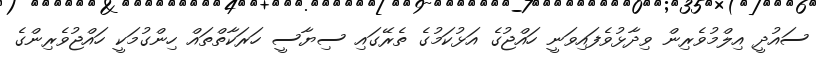
ސައުދީ އިލްމުވެރިން ވިދާޅުވެފައިވަނީ ހައްޖުގެ އަޅުކަމުގެ ތެރޭގައި ސިޔާސީ ހަރަކާތްތައް ހިންގުމަކީ ހައްޖުވެރިންގެ